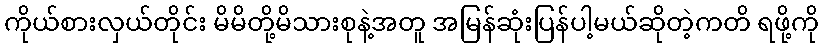
ကိုယ်စားလှယ်တိုင်း မိမိတို့မိသားစုနဲ့အတူ အမြန်ဆုံးပြန်ပါ့မယ်ဆိုတဲ့ကတိ ရဖို့ကို